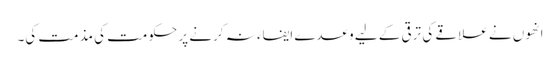
انھوں نے علاقے کی ترقی کے لیے وعدے ایفاء نہ کرنے پر حکومت کی مذمت کی۔